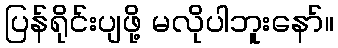
ပြန်ရိုင်းပျဖို့ မလိုပါဘူးနော်။